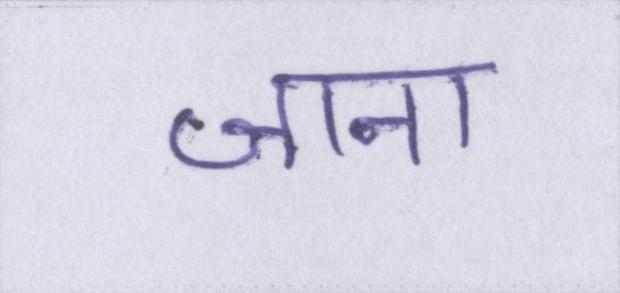
जाना